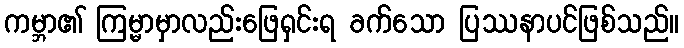
ကမ္ဘာ၏ ကြမ္မာမှာလည်းဖြေရှင်းရ ခက်သော ပြဿနာပင်ဖြစ်သည်။